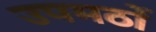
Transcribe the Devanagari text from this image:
उपमठों